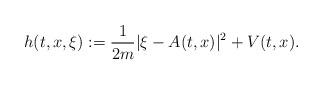
LaTeX: \begin{align*} h(t,x,\xi) := \frac{1}{2m}|\xi - A(t,x)|^2 + V(t,x). \end{align*}